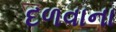
દળવાના